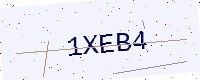
Text: 1XEB4